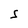
Character: S